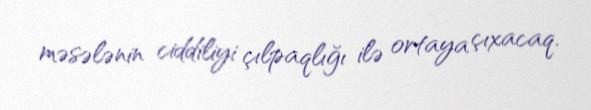
məsələnin ciddiliyi çılpaqlığı ilə ortaya çıxacaq.